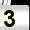
Digit: 3